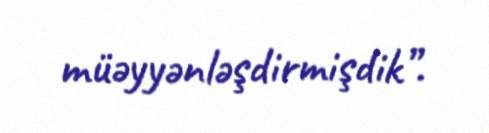
müəyyənləşdirmişdik”.